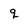
Character: q